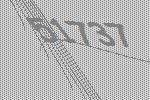
51737